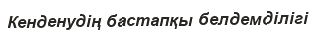
Кенденудің бастапқы белдемділігі